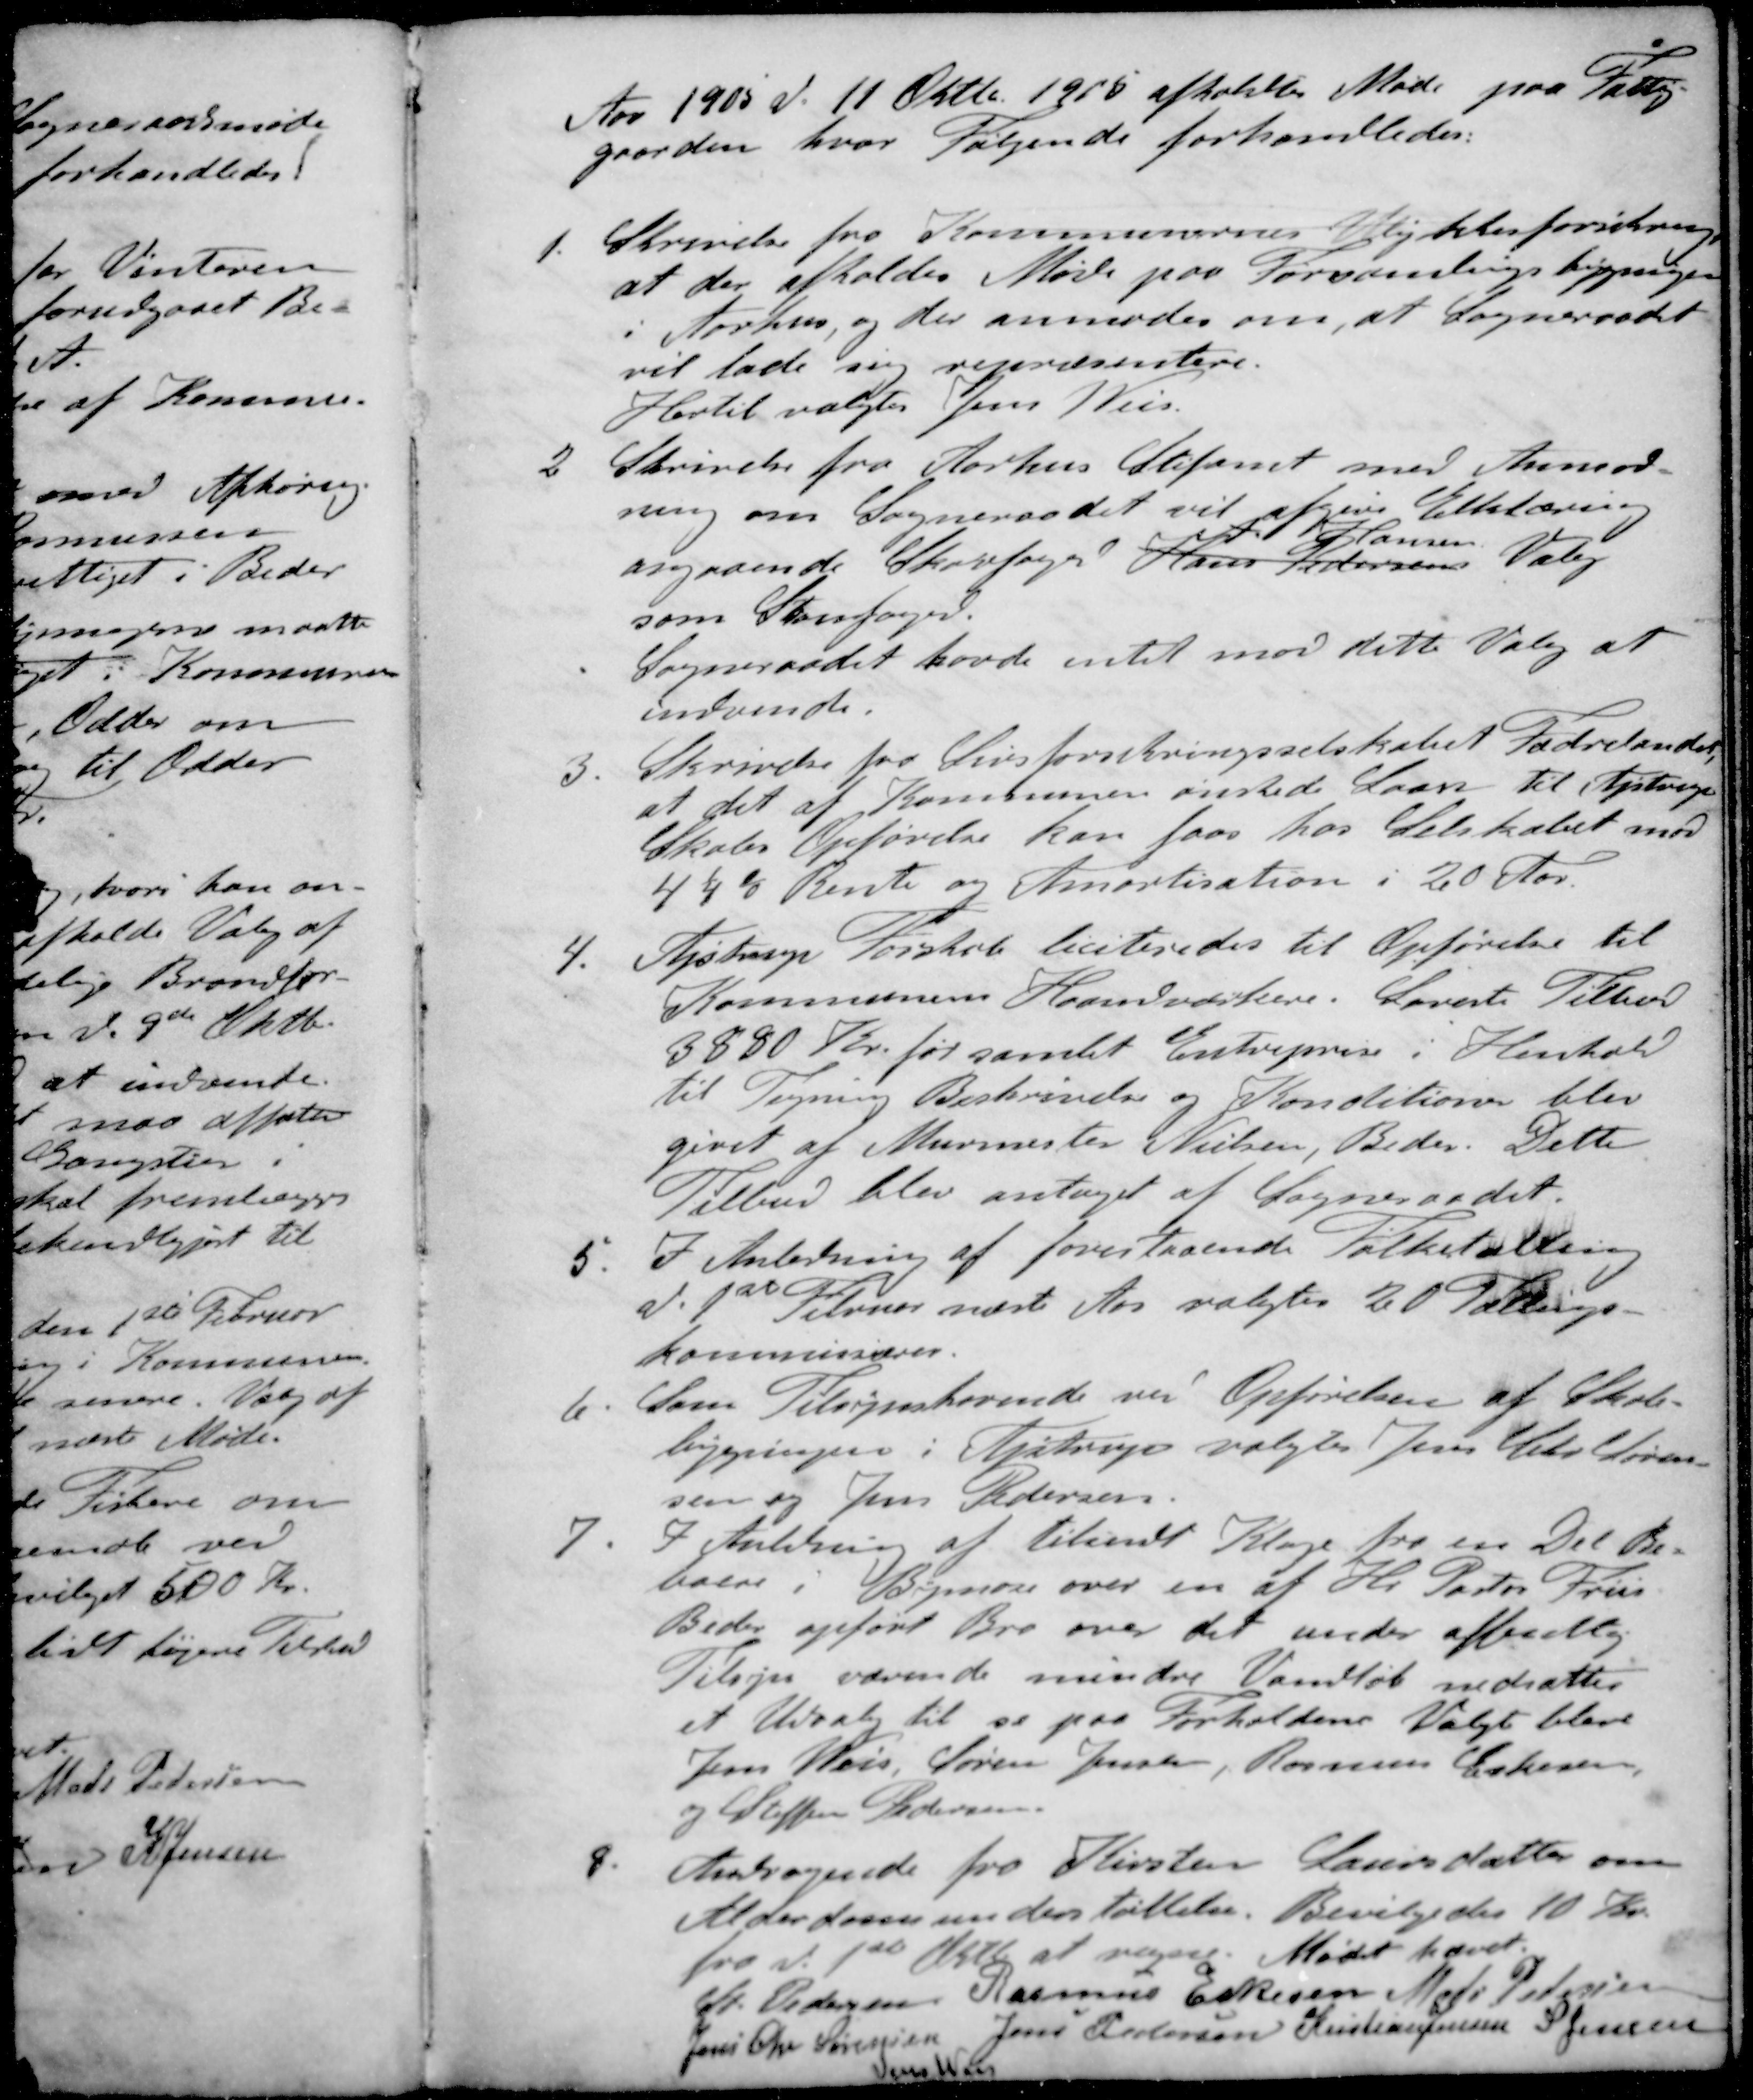
Transskription:
Aar 1905 d. 11 Oktbr. 1905 afholdtes Møde paa Fattig-
gaarden, hvor Følgende forhandledes:
1. Skrivelse fra Kommunernes Ulykkesforsikring
at der afholdes Møde paa Forsamlingsbygningen
i Aarhus, og der anmodes om, at Sogneraadet
vil lade sig repræsentere.
Hertil valgtes Jens Weis.
2. Skrivelse fra Aarhus Stiftamt med Anmod-
ning om Sogneraadet vil skrive Erklæring
A Hansen
angaaende Skovfoged Hans Pedersens Valg
som Skovfoged.
Sogneraadet havde intet mod dette Valg at
indvende.
3. Skrivelse fra Livsforsikringsselskabet Fædrelandet
at det af Kommunen ønskede Laan til Ajstrup
Skoles Opførelse kan faas hos Selskabet mod
41/4% Rente og Amortisation i 20 Aar.
4. Ajstrup Forskole liciteredes til Opførelse til
Kommunens Haandværkere. Lavste Tilbud
3880 Kr. for samlet Entreprise i Henhold
til Tegning Beskrivelse og Konditioner blev
givet af Murmester Nielsen, Beder. Dette
Tilbud blev antaget af Sogneraadet.
5. I Anledning af forestaaende Folketælling
d. 1st Februar næste Aar valgtes 20 Tællings-
Kommissærer.
6 Som Tilsynshavende ved Opførelsen af Skole-
bygningen i Ajstrup valgtes Jens Chr Søren-
sen og Jens Pedersen.
7. I Anledning af tilsendt Klage fra en Del Be-
boere i Bymose over en af Hr. Pastor Friis
Beder opført Bro over det under offentlig
Tilsyn værende mindre Vandløb nedsattes
et Udvalg til se paa Forholdene Valgt blev
Jens Weis, Søren Jensen, Rasmus Eskesen,
og Steffen Pedersen
8. Andragende fra Kirsten Laursdatter om
Alderdomsunderstøttelse. Bevilgedes 10 Kr.
fra d. 1st at regne. Mødet hævet.
St Pedersen
Rasmus Eskesen
Mads Pedersen
Jens Chr Sørensen
Jens Petersen
Kristian Jensen
S Jensen
Jens Weis